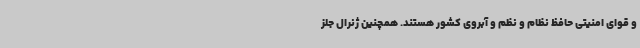
و قوای امنیتی حافظ نظام و نظم و آبروی کشور هستند. همچنین ژنرال جلز